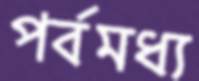
পর্বমধ্য